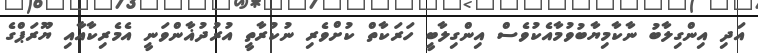
އަދި އިންގިލާބު ނާކާމިޔާބުވުމާއެކުވެސް އިންގިލާބީ ހަރަކާތް ކުށްވެރި ނުކުރާތީ އުރުދުޣާންވަނީ އެމެރިކާއާއި ޔޫރަޕްގެ